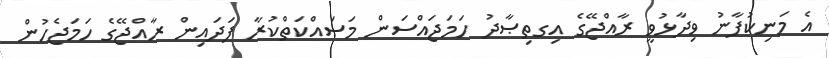
އެ މަނިކުފާނު ވިދާޅުވީ ރާއްޖޭގެ އިގތިޞާދު ހަމަޖައްސަން މަސައްކަތްކުރާ ފަދައިން ރާއްޖޭގެ ހަމަޖެހުން